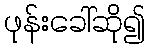
ဖုန်းခေါ်ဆို၍